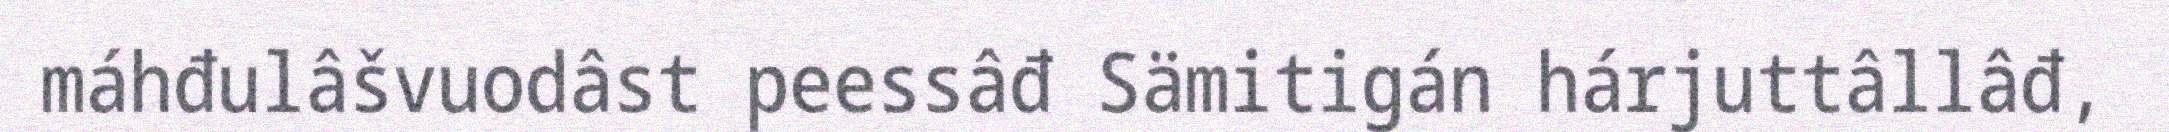
máhđulâšvuodâst peessâđ Sämitigán hárjuttâllâđ,